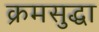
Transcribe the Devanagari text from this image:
क्रमसुद्धा